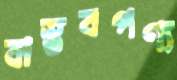
বাস্তবপণ্য